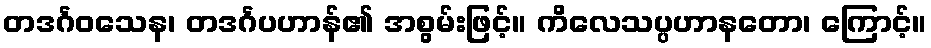
တဒင်္ဂဝသေန၊ တဒင်္ဂပဟာန်၏ အစွမ်းဖြင့်။ ကိလေသပ္ပဟာနတော၊ ကြောင့်။